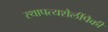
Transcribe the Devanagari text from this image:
स्थापत्यशैलींपैकी